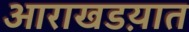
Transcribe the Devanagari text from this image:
आराखडय़ात